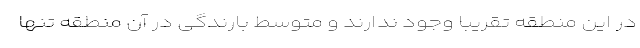
در این منطقه تقریباً وجود ندارند و متوسط بارندگی در آن منطقه تنها